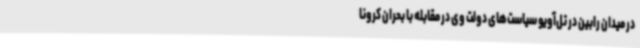
در میدان رابین در تل‌آویو سیاست‌های دولت وی در مقابله با بحران کرونا